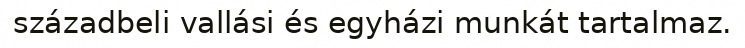
századbeli vallási és egyházi munkát tartalmaz.